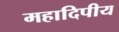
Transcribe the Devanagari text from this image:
महादिपीय